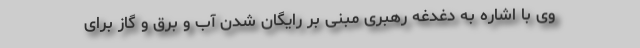
وی با اشاره به دغدغه رهبری مبنی بر رایگان شدن آب و برق و گاز برای